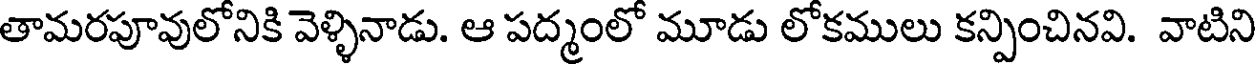
తామరపూవులోనికి వెళ్ళినాడు. ఆ పద్మంలో మూడు లోకములు కన్పించినవి. వాటిని